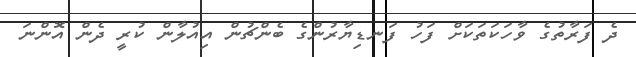
ދެ ފަރާތުގެ ވާހަކަތަކަށް ފަހު ފަނޑިޔާރުންގެ ބެންޗުން އިއުލާން ކުރީ ދެން އޮންނަ